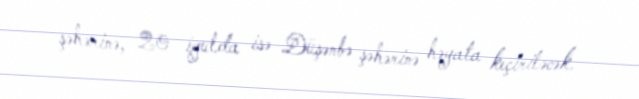
şəhərinə, 20 iyulda isə Düşənbə şəhərinə həyata keçiriləcək.